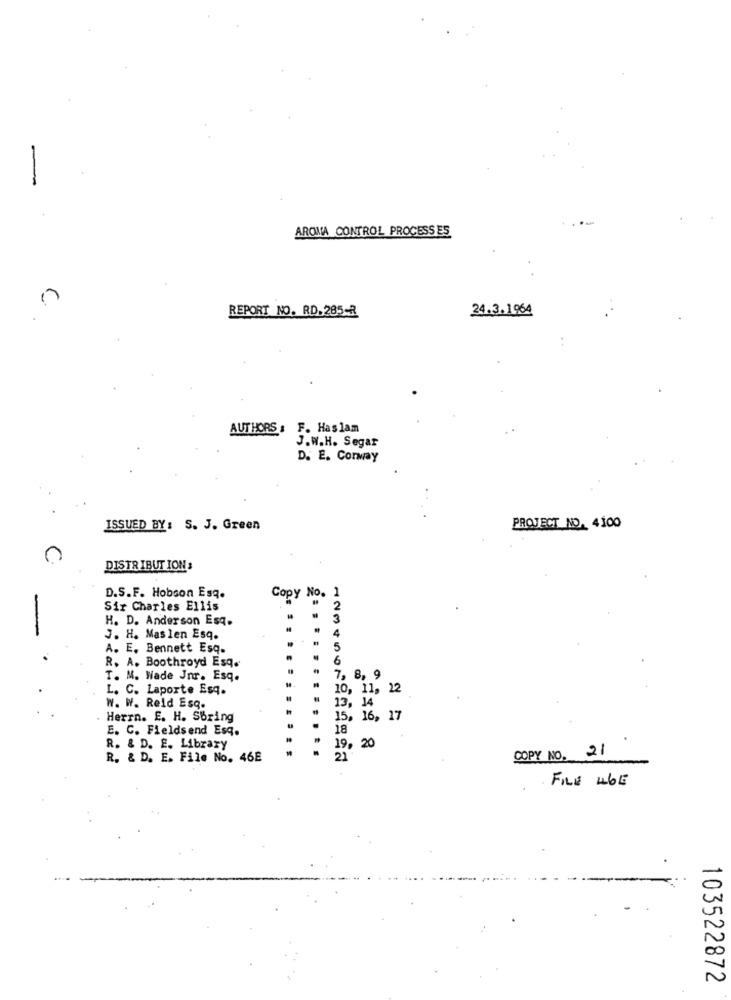
AROMA CONTROL PROCESSES
REPORT NO. RD.285-R
24.3.1964
AUTHORS : F. Haslam
J.W.H. Segar
D. E. Cormay
ISSUED BY: S. J. Green
PROJECT NO. 4100
DISTRIBUTION s
D.S.F. Hobson Esq.
Copy No. 1
Sir Charles Ellis
2
H. D. Anderson Esq.
3
4
J. H. Maslen Esq.
A. E. Bennett Esq.
5
R. A. Boothroyd Esq.
6
T. M. Wade Jnr. Esq.
7, 8, 9
L. C. Laporte Esq.
10, 11, 12
....
13, 14
W. W. Reid Esq.
Herrn. E. H. Sbring
15, 16, 17
BT
E. C. Fieldsend Esq.
R. & D. E. Library
19, 20
COPY NO. 21
R. & D. E. File No. 46E
21
FILE 46E
103522872